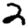
Digit: 2